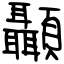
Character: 顳